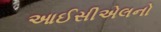
આઈસીએલનો